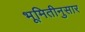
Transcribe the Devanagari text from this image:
भूमितीनुसार